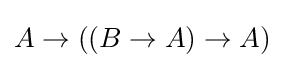
A\to ((B\to A)\to A)